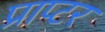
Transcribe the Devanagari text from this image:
प्राप्टर